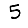
Digit: 5